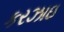
કરઝાઇ